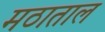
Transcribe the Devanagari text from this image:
मठाताल